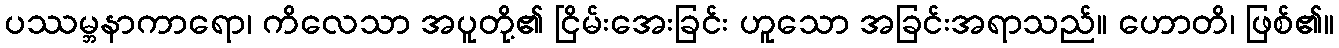
ပဿမ္ဘနာကာရော၊ ကိလေသာ အပူတို့၏ ငြိမ်းအေးခြင်း ဟူသော အခြင်းအရာသည်။ ဟောတိ၊ ဖြစ်၏။